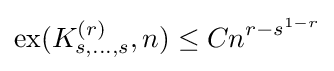
{\text{ex}}(K_{s,\dots ,s}^{(r)},n)\leq Cn^{r-s^{1-r}}